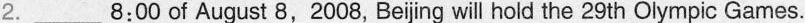
2.___8:00 of August 8,2008, Beijing will hold the 29th Olympic Games.